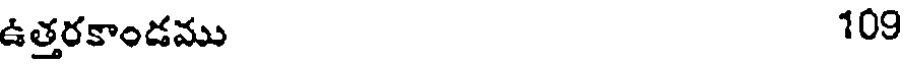
ఉత్తరకాండము 109